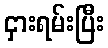
ငှားရမ်းပြီး